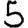
Digit: 5